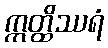
ဣတ္ထိဿရံ